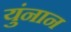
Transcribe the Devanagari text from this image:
युंनान